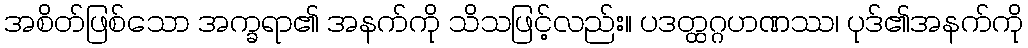
အစိတ်ဖြစ်သော အက္ခရာ၏ အနက်ကို သိသဖြင့်လည်း။ ပဒတ္ထဂ္ဂဟဏဿ၊ ပုဒ်၏အနက်ကို